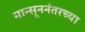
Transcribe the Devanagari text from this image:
मान्सूननंतरच्या